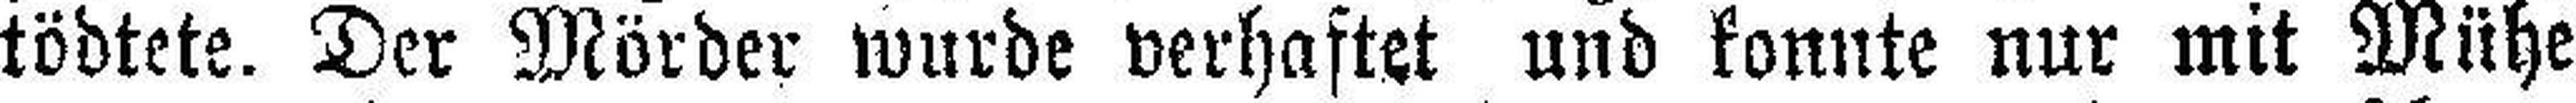
tödtete. Der Mörder wurde verhaftet und konnte nur mit Mühe